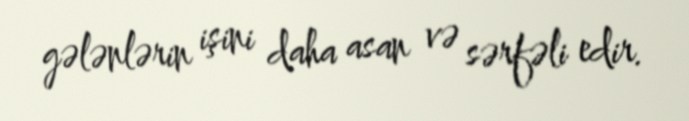
gələnlərin işini daha asan və sərfəli edir.